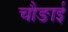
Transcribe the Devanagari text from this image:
चौङाई